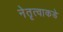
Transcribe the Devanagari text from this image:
नेतृत्वाकडे